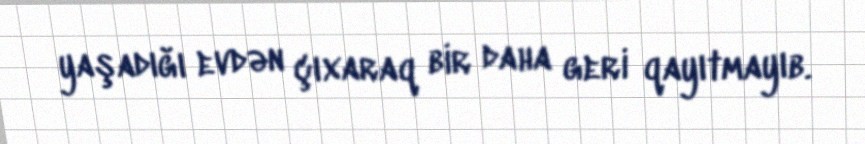
yaşadığı evdən çıxaraq bir daha geri qayıtmayıb.